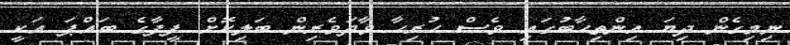
ނިމިގެން ދިޔަ އިންތިހާބުގައި ވެސް ހުރިހާ ވާދަވެރިން ބަލިކޮށް ފީފާގެ ބައްޕަ އަކީ